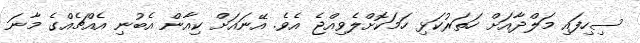
ސިހިފައި މަލްދާއަށް ހަތަރުކަޅި ހަމަކޮށްލެވިއްޖެ އެވެ. އޭނައަށް ކިއާން އެބުނި އެއްޗެއްގެ މާނަ